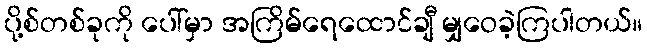
ပို့စ်တစ်ခုကို ပေါ်မှာ အကြိမ်ရေထောင်ချီ မျှဝေခဲ့ကြပါတယ်။